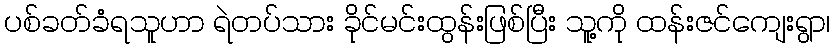
ပစ်ခတ်ခံရသူဟာ ရဲတပ်သား ခိုင်မင်းထွန်းဖြစ်ပြီး သူ့ကို ထန်းဇင်ကျေးရွာ၊